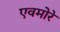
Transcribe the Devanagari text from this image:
एवमोरे